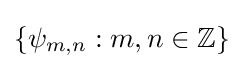
\{\psi _{m,n}:m,n\in \mathbb {Z} \}